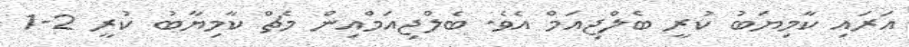
އަރައި ކާމިޔަބު ކުރީ ބެލްޖިއަމް އެވެ. ބެލްޖިއަމްއިން މެޗް ކާމިޔާބު ކުރީ 2-1